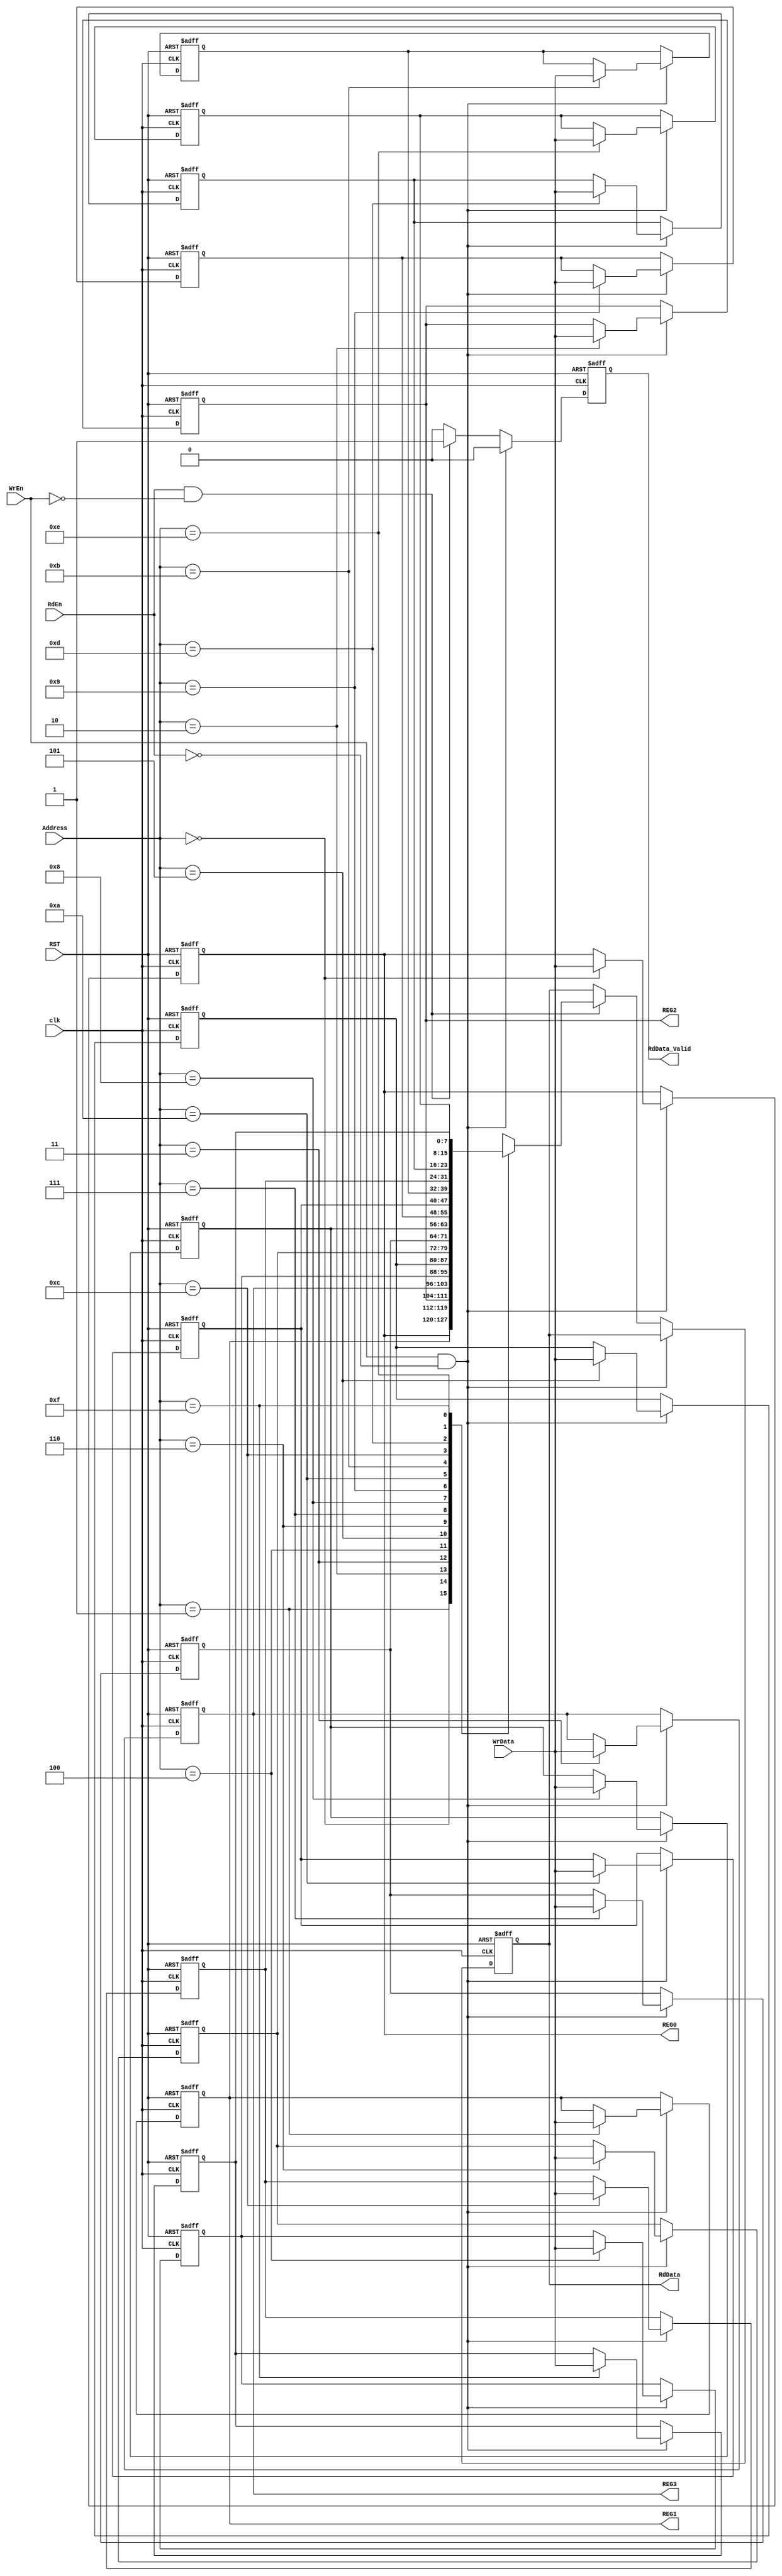
module regfile_block #(parameter data_width = 8, parameter address_width = 4, parameter memory_width = 16)
(clk,WrEn,RdEn,RST,Address,WrData,RdData,RdData_Valid,REG0,REG1,REG2,REG3);

//inputs
input wire  clk;
input wire  WrEn;
input wire  RdEn;
input wire  RST;
input wire [address_width-1 : 0] Address;
input wire [data_width-1 : 0] WrData;

//outputs
output reg  RdData_Valid;
output reg  [data_width-1 : 0] RdData; 
output wire [data_width-1 : 0] REG0;
output wire [data_width-1 : 0] REG1;
output wire [data_width-1 : 0] REG2;
output wire [data_width-1 : 0] REG3;

// saved bits in reg 2 and reg3
reg [data_width-1 : 0] memory [memory_width-1 : 0];

reg [4:0]i=0;

always @(posedge clk, negedge RST)
begin
    if(~RST)
    begin
        memory[0] <= 'b0;
        memory[1] <= 'b0;
        memory[2] <= 8'b10000001;
        memory[3] <= 8'b00100000;
        RdData_Valid <= 1'b0;
        RdData <= 'b0;
        for(i=4;i<16;i=i+1)
        begin
        memory[i] <= 0;
        end
    end
    else
    begin
        if(WrEn && !RdEn)
        begin
            begin
                memory[Address]<= WrData;
            end

            RdData_Valid <= 1'b0;
        end

        else if(RdEn && !WrEn)
        begin
                RdData_Valid<=1;
                RdData<=memory[Address];
        end

        else
        begin
            RdData_Valid <= 1'b0;
        end
    end
end


assign REG0 = memory[0] ;
assign REG1 = memory[1] ;
assign REG2 = memory[2] ;
assign REG3 = memory[3] ;


endmodule